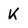
Character: K